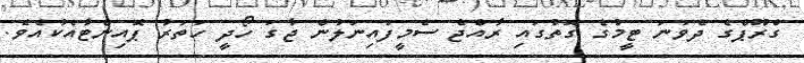
ގްރޫޕްގެ ދެވަނަ ޓީމުގެ ގޮތުގައި ރާއްޖެ ސެމީފައިނަލުން ޖާގަ ހޯދީ ހަތަރު ޕޮއިންޓާއެކުއެވެ.